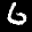
Label: 6